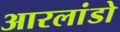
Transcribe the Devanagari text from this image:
आरलांडो